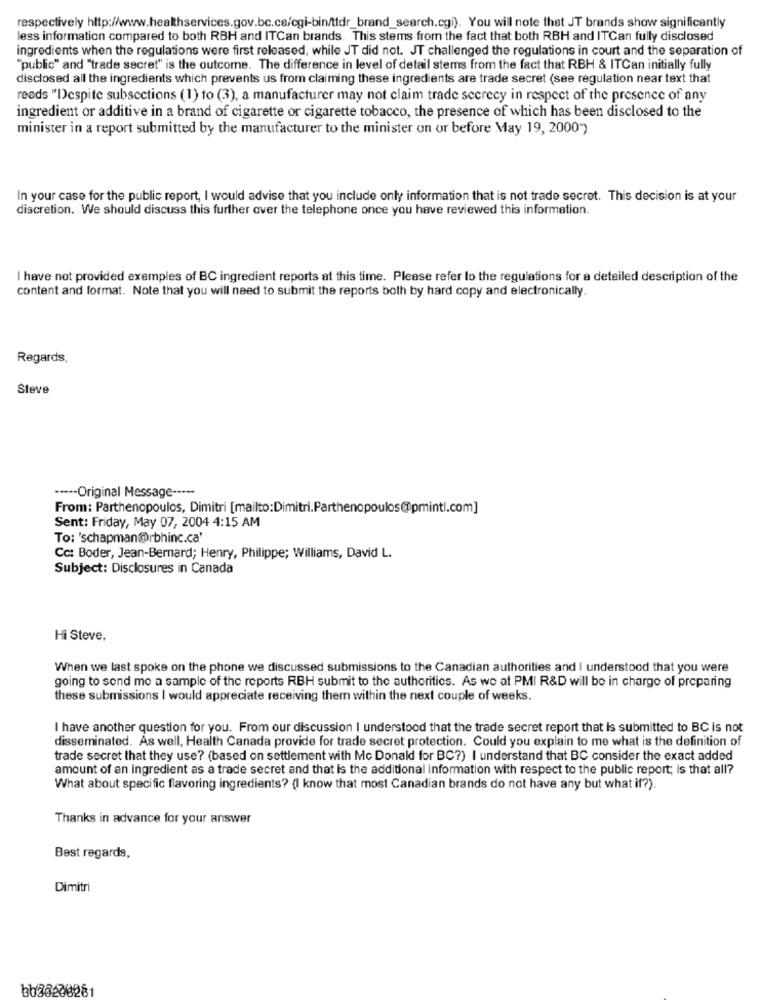
respectively http://www.healthservices.gov.bc.ca/cgi-bin/ttdr_brand_search.cgi). You will note that JT brands show significantly
less information compared to both RBH and ITCan brands. This stems from the fact that both RBH and ITCan fully disclosed
ingredients when the regulations were first released, while JT did not. JT challenged the regulations in court and the separation of
"public" and "trade secret" is the outcome. The difference in level of detail stems from the fact that RBH & ITCan initially fully
disclosed all the ingredients which prevents us from claiming these ingredients are trade secret (see regulation near text that
reads "Despite subsections (1) to (3), a manufacturer may not claim trade secrecy in respect of the presence of any
ingredient or additive in a brand of cigarette or cigarette tobacco, the presence of which has been disclosed to the
minister in a report submitted by the manufacturer to the minister on or before May 19, 2000")
In your case for the public report, I would advise that you include only information that is not trade secret. This decision is at your
discretion. We should discuss this further over the telephone once you have reviewed this information.
I have not provided examples of BC ingredient reports at this time. Please refer to the regulations for a detailed description of the
content and format. Note that you will need to submit the reports both by hard copy and electronically.
Regards,
Steve
----- Original Message -----
From: Parthenopoulos, Dimitri [mailto:Dimitri.Parthenopoulos@pminti.com]
Sent: Friday, May 07, 2004 4:15 AM
To: 'schapman@rbhinc.ca'
Cc: Boder, Jean-Bernard; Henry, Philippe; Williams, David L.
Subject: Disclosures in Canada
Hi Steve,
When we last spoke on the phone we discussed submissions to the Canadian authorities and I understood that you were
going to send me a sample of the reports RBH submit to the authorities. As we at PMI R&D will be in charge of preparing
these submissions I would appreciate receiving them within the next couple of weeks.
I have another question for you. From our discussion I understood that the trade secret report that is submitted to BC is not
disseminated. As well, Health Canada provide for trade secret protection. Could you explain to me what is the definition of
trade secret that they use? (based on settlement with Mc Donald for BC?) I understand that BC consider the exact added
amount of an ingredient as a trade secret and that Is the additional information with respect to the public report; is that all?
What about specific flavoring ingredients? (I know that most Canadian brands do not have any but what if?).
Thanks in advance for your answer
Best regards,
Dimitri
bb36200281